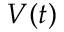
V ( t )